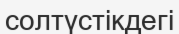
солтүстікдегі